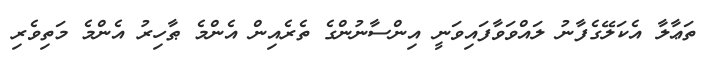
ތަޢާލާ އެކަލޭގެފާނު ލައްވަވާފައިވަނީ އިންސާނުންގެ ތެރެއިން އެންމެ ޠާހިރު އެންމެ މަތިވެރި